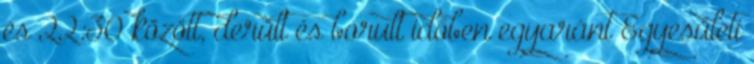
és 22:30 között, derült és borult időben egyaránt Egyesületi